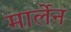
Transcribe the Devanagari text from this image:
मार्लेन